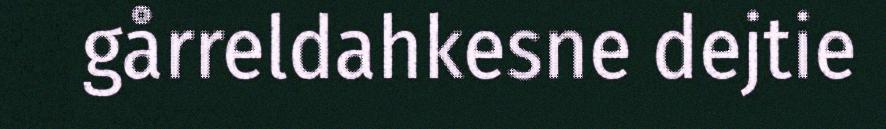
gårreldahkesne dejtie